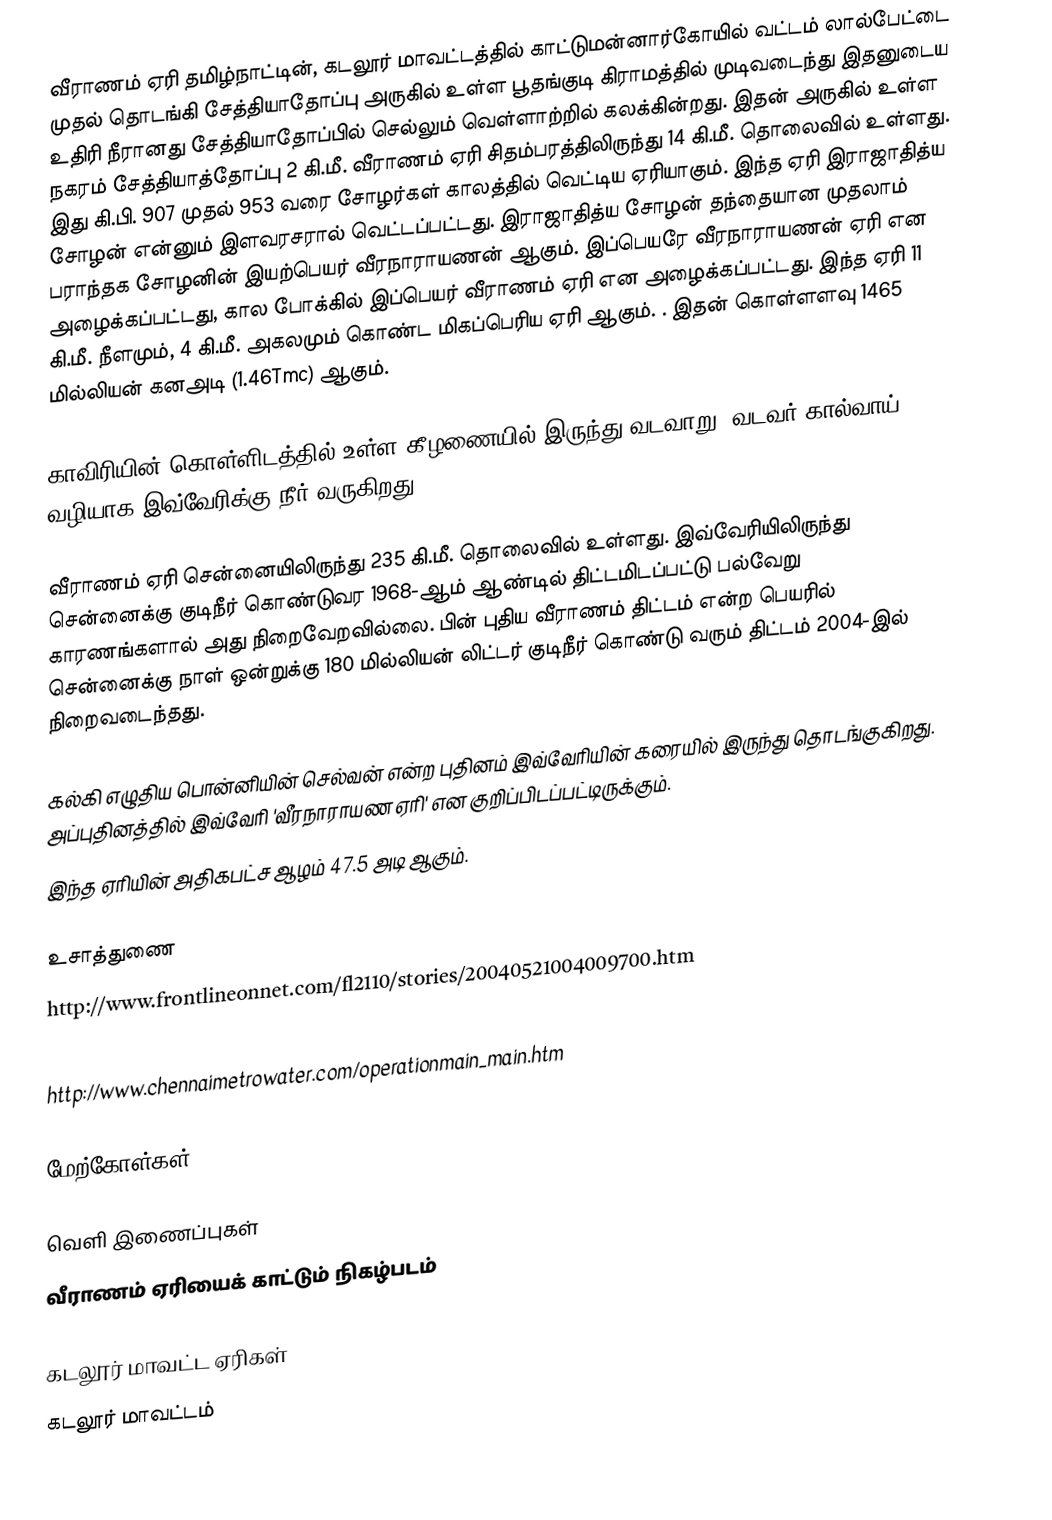
வீராணம் ஏரி தமிழ்நாட்டின், கடலூர் மாவட்டத்தில் காட்டுமன்னார்கோயில் வட்டம் லால்பேட்டை முதல் தொடங்கி சேத்தியாதோப்பு அருகில் உள்ள பூதங்குடி கிராமத்தில் முடிவடைந்து இதனுடைய உதிரி நீரானது சேத்தியாதோப்பில் செல்லும் வெள்ளாற்றில் கலக்கின்றது. இதன் அருகில் உள்ள நகரம் சேத்தியாத்தோப்பு 2 கி.மீ. வீராணம் ஏரி சிதம்பரத்திலிருந்து 14 கி.மீ. தொலைவில் உள்ளது. இது கி.பி. 907 முதல் 953 வரை சோழர்கள் காலத்தில் வெட்டிய ஏரியாகும். இந்த ஏரி இராஜாதித்ய சோழன் என்னும் இளவரசரால் வெட்டப்பட்டது. இராஜாதித்ய சோழன் தந்தையான முதலாம் பராந்தக சோழனின் இயற்பெயர் வீரநாராயணன் ஆகும். இப்பெயரே வீரநாராயணன் ஏரி என அழைக்கப்பட்டது, கால போக்கில் இப்பெயர் வீராணம் ஏரி என அழைக்கப்பட்டது. இந்த ஏரி 11 கி.மீ. நீளமும், 4 கி.மீ. அகலமும் கொண்ட மிகப்பெரிய ஏரி ஆகும்.  . இதன் கொள்ளளவு 1465 மில்லியன் கனஅடி (1.46Tmc) ஆகும்.

காவிரியின் கொள்ளிடத்தில் உள்ள கீழணையில் இருந்து வடவாறு (வடவர் கால்வாய்) வழியாக இவ்வேரிக்கு நீர் வருகிறது.

வீராணம் ஏரி சென்னையிலிருந்து 235 கி.மீ. தொலைவில் உள்ளது. இவ்வேரியிலிருந்து சென்னைக்கு குடிநீர் கொண்டுவர 1968-ஆம் ஆண்டில் திட்டமிடப்பட்டு பல்வேறு காரணங்களால் அது நிறைவேறவில்லை. பின் புதிய வீராணம் திட்டம் என்ற பெயரில் சென்னைக்கு நாள் ஒன்றுக்கு 180 மில்லியன் லிட்டர் குடிநீர் கொண்டு வரும் திட்டம் 2004-இல் நிறைவடைந்தது.

கல்கி எழுதிய பொன்னியின் செல்வன் என்ற புதினம் இவ்வேரியின் கரையில் இருந்து தொடங்குகிறது. அப்புதினத்தில் இவ்வேரி 'வீரநாராயண ஏரி' என குறிப்பிடப்பட்டிருக்கும்.
இந்த ஏரியின் அதிகபட்ச ஆழம் 47.5 அடி ஆகும்.

உசாத்துணை
 http://www.frontlineonnet.com/fl2110/stories/20040521004009700.htm
 http://www.india9.com/i9show/Veeranam-Lake-53668.htm
 http://www.chennaimetrowater.com/operationmain_main.htm

மேற்கோள்கள்

வெளி இணைப்புகள்
 வீராணம் ஏரியைக் காட்டும் நிகழ்படம்

கடலூர் மாவட்ட ஏரிகள்
கடலூர் மாவட்டம்